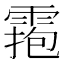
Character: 𩃧